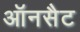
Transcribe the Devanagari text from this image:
ऑनसैट